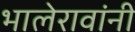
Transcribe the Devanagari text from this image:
भालेरावांनी